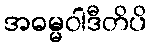
အဓမ္မဝါဒီတိပိ